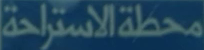
محطةالاستراحة